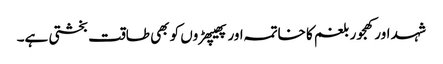
شہد اور کھجور بلغم کا خاتمہ اور پھیپھڑوں کو بھی طاقت بخشتی ہے۔